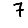
Digit: 7